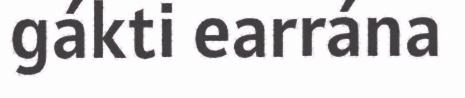
gákti earrána